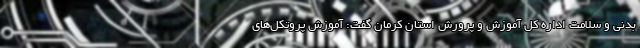
بدنی و سلامت اداره کل آموزش و پرورش استان کرمان گفت: آموزش پروتکل‌های